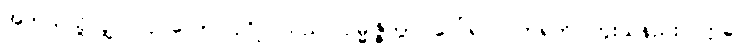
အဘယ်သို့လျှင်။ ပုဂ္ဂလော၊ ပုဂ္ဂိုလ်သည်။ ဥမ္မုဇ္ဇိတွာ၊ ပေါ်၍။ ပတရတိ၊ ကူးသနည်း။ ဣဓ၊